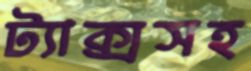
ট্যাক্সসহ